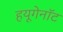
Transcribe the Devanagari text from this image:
हयूगेनॉट